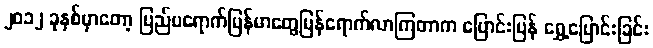
၂၀၁၂ ခုနှစ်မှာတော့ ပြည်ပရောက်မြန်မာတွေပြန်ရောက်လာကြတာက ပြောင်းပြန် ရွှေ့ပြောင်းခြင်း